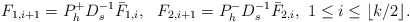
\begin{align*} F_{1,i+1}=P^+_hD_s^{-1}\bar{F}_{1,i},\ \ F_{2,i+1}=P^-_hD_s^{-1}\bar{F}_{2,i},\ 1\le i \le \lfloor k/2 \rfloor.\end{align*}